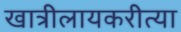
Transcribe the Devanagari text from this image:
खात्रीलायकरीत्या